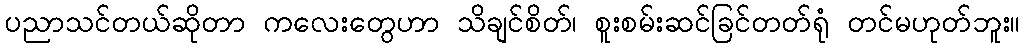
ပညာသင်တယ်ဆိုတာ ကလေးတွေဟာ သိချင်စိတ်၊ စူးစမ်းဆင်ခြင်တတ်ရုံ တင်မဟုတ်ဘူး။